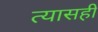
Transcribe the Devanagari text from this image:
त्यासही